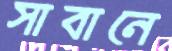
সাবানে